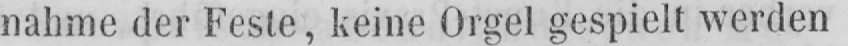
nahme der Feste, keine Orgel gespielt werden